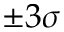
\pm 3 \sigma